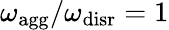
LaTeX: {\omega_{\mathrm{agg}}/\omega_{\mathrm{disr}}=1}